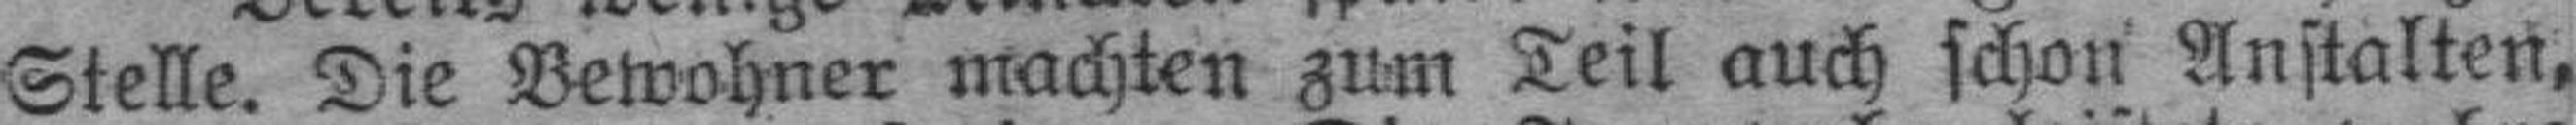
Stelle. Die Bewohner machten zum Teil auch schon Anstalten,